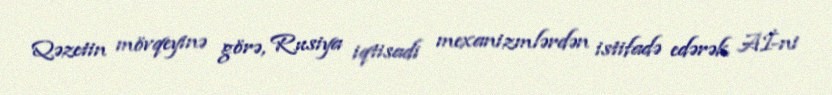
Qəzetin mövqeyinə görə, Rusiya iqtisadi mexanizmlərdən istifadə edərək Aİ-ni